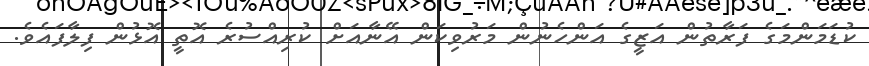
ކުޑަމަންމަގެ ފަރާތުން އަޒީގެ އަންހެނުން މަރުވިކަން އޭނާއަށް ކުރިއްސުރެ އޮތީ އޮޅުން ފިލާފައެވެ.